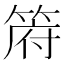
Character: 𮅟